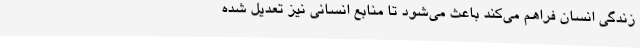
زندگی انسان فراهم می‌کند باعث می‌شود تا منابع انسانی نیز تعدیل شده